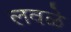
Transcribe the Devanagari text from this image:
लवळे